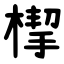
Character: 㮮